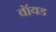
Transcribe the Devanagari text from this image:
वॉयड